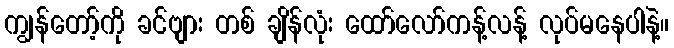
ကျွန်တော့်ကို ခင်ဗျား တစ် ချိန်လုံး ထော်လော်ကန့်လန့် လုပ်မနေပါနဲ့။